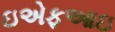
ઇએફઆઇ